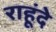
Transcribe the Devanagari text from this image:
राहूंदे